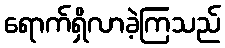
ရောက်ရှိလာခဲ့ကြသည်